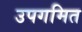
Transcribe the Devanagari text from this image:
उपगमित